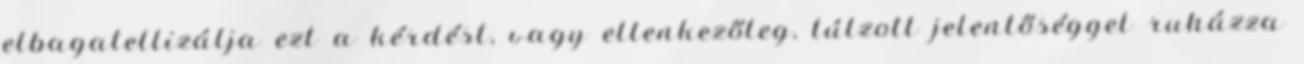
elbagatellizálja ezt a kérdést, vagy ellenkezőleg, túlzott jelentőséggel ruházza